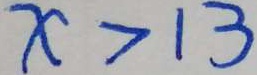
X = 1 3